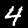
Label: 4